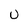
Character: U